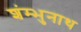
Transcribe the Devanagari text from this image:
शंम्भुनाथ